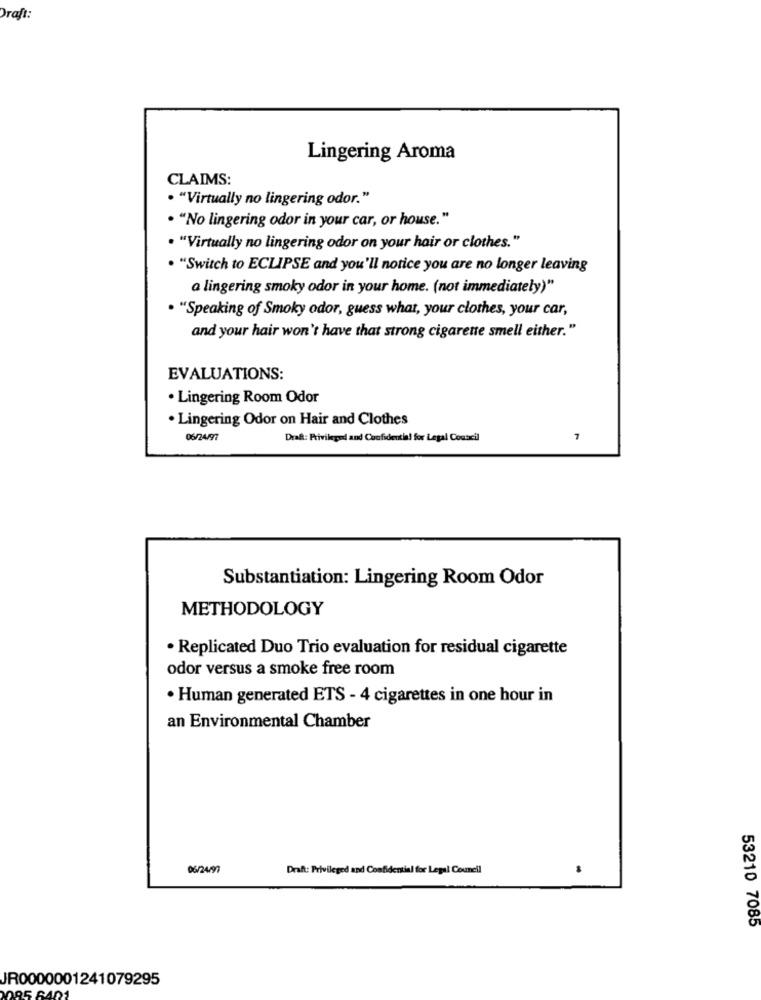
Draft:
Lingering Aroma
CLAIMS:
· "Virtually no lingering odor."
· "No lingering odor in your car, or house."
. "Virtually no lingering odor on your hair or clothes."
. "Switch to ECLIPSE and you'll notice you are no longer leaving
a lingering smoky odor in your home. (not immediately)"
. "Speaking of Smoky odor, guess what, your clothes, your car,
and your hair won't have that strong cigarette smell either."
EVALUATIONS:
· Lingering Room Odor
. Lingering Odor on Hair and Clothes
06/24/97
Draft: Privileged and Confidential for Legal Council
Substantiation: Lingering Room Odor
METHODOLOGY
· Replicated Duo Trio evaluation for residual cigarette
odor versus a smoke free room
· Human generated ETS - 4 cigarettes in one hour in
an Environmental Chamber
06/24/97
Draft: Privileged and Confidential for Legal Council
53210 7085
JR0000001241079295